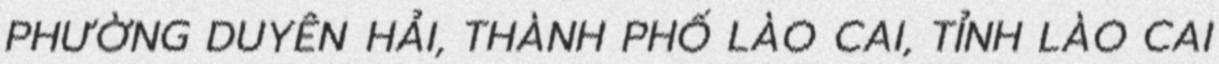
PHƯỜNG DUYÊN HẢI, THÀNH PHỐ LÀO CAI, TỈNH LÀO CAI